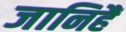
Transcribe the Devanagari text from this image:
जानिहैं